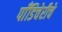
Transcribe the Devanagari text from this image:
पाँडिचेरीचे